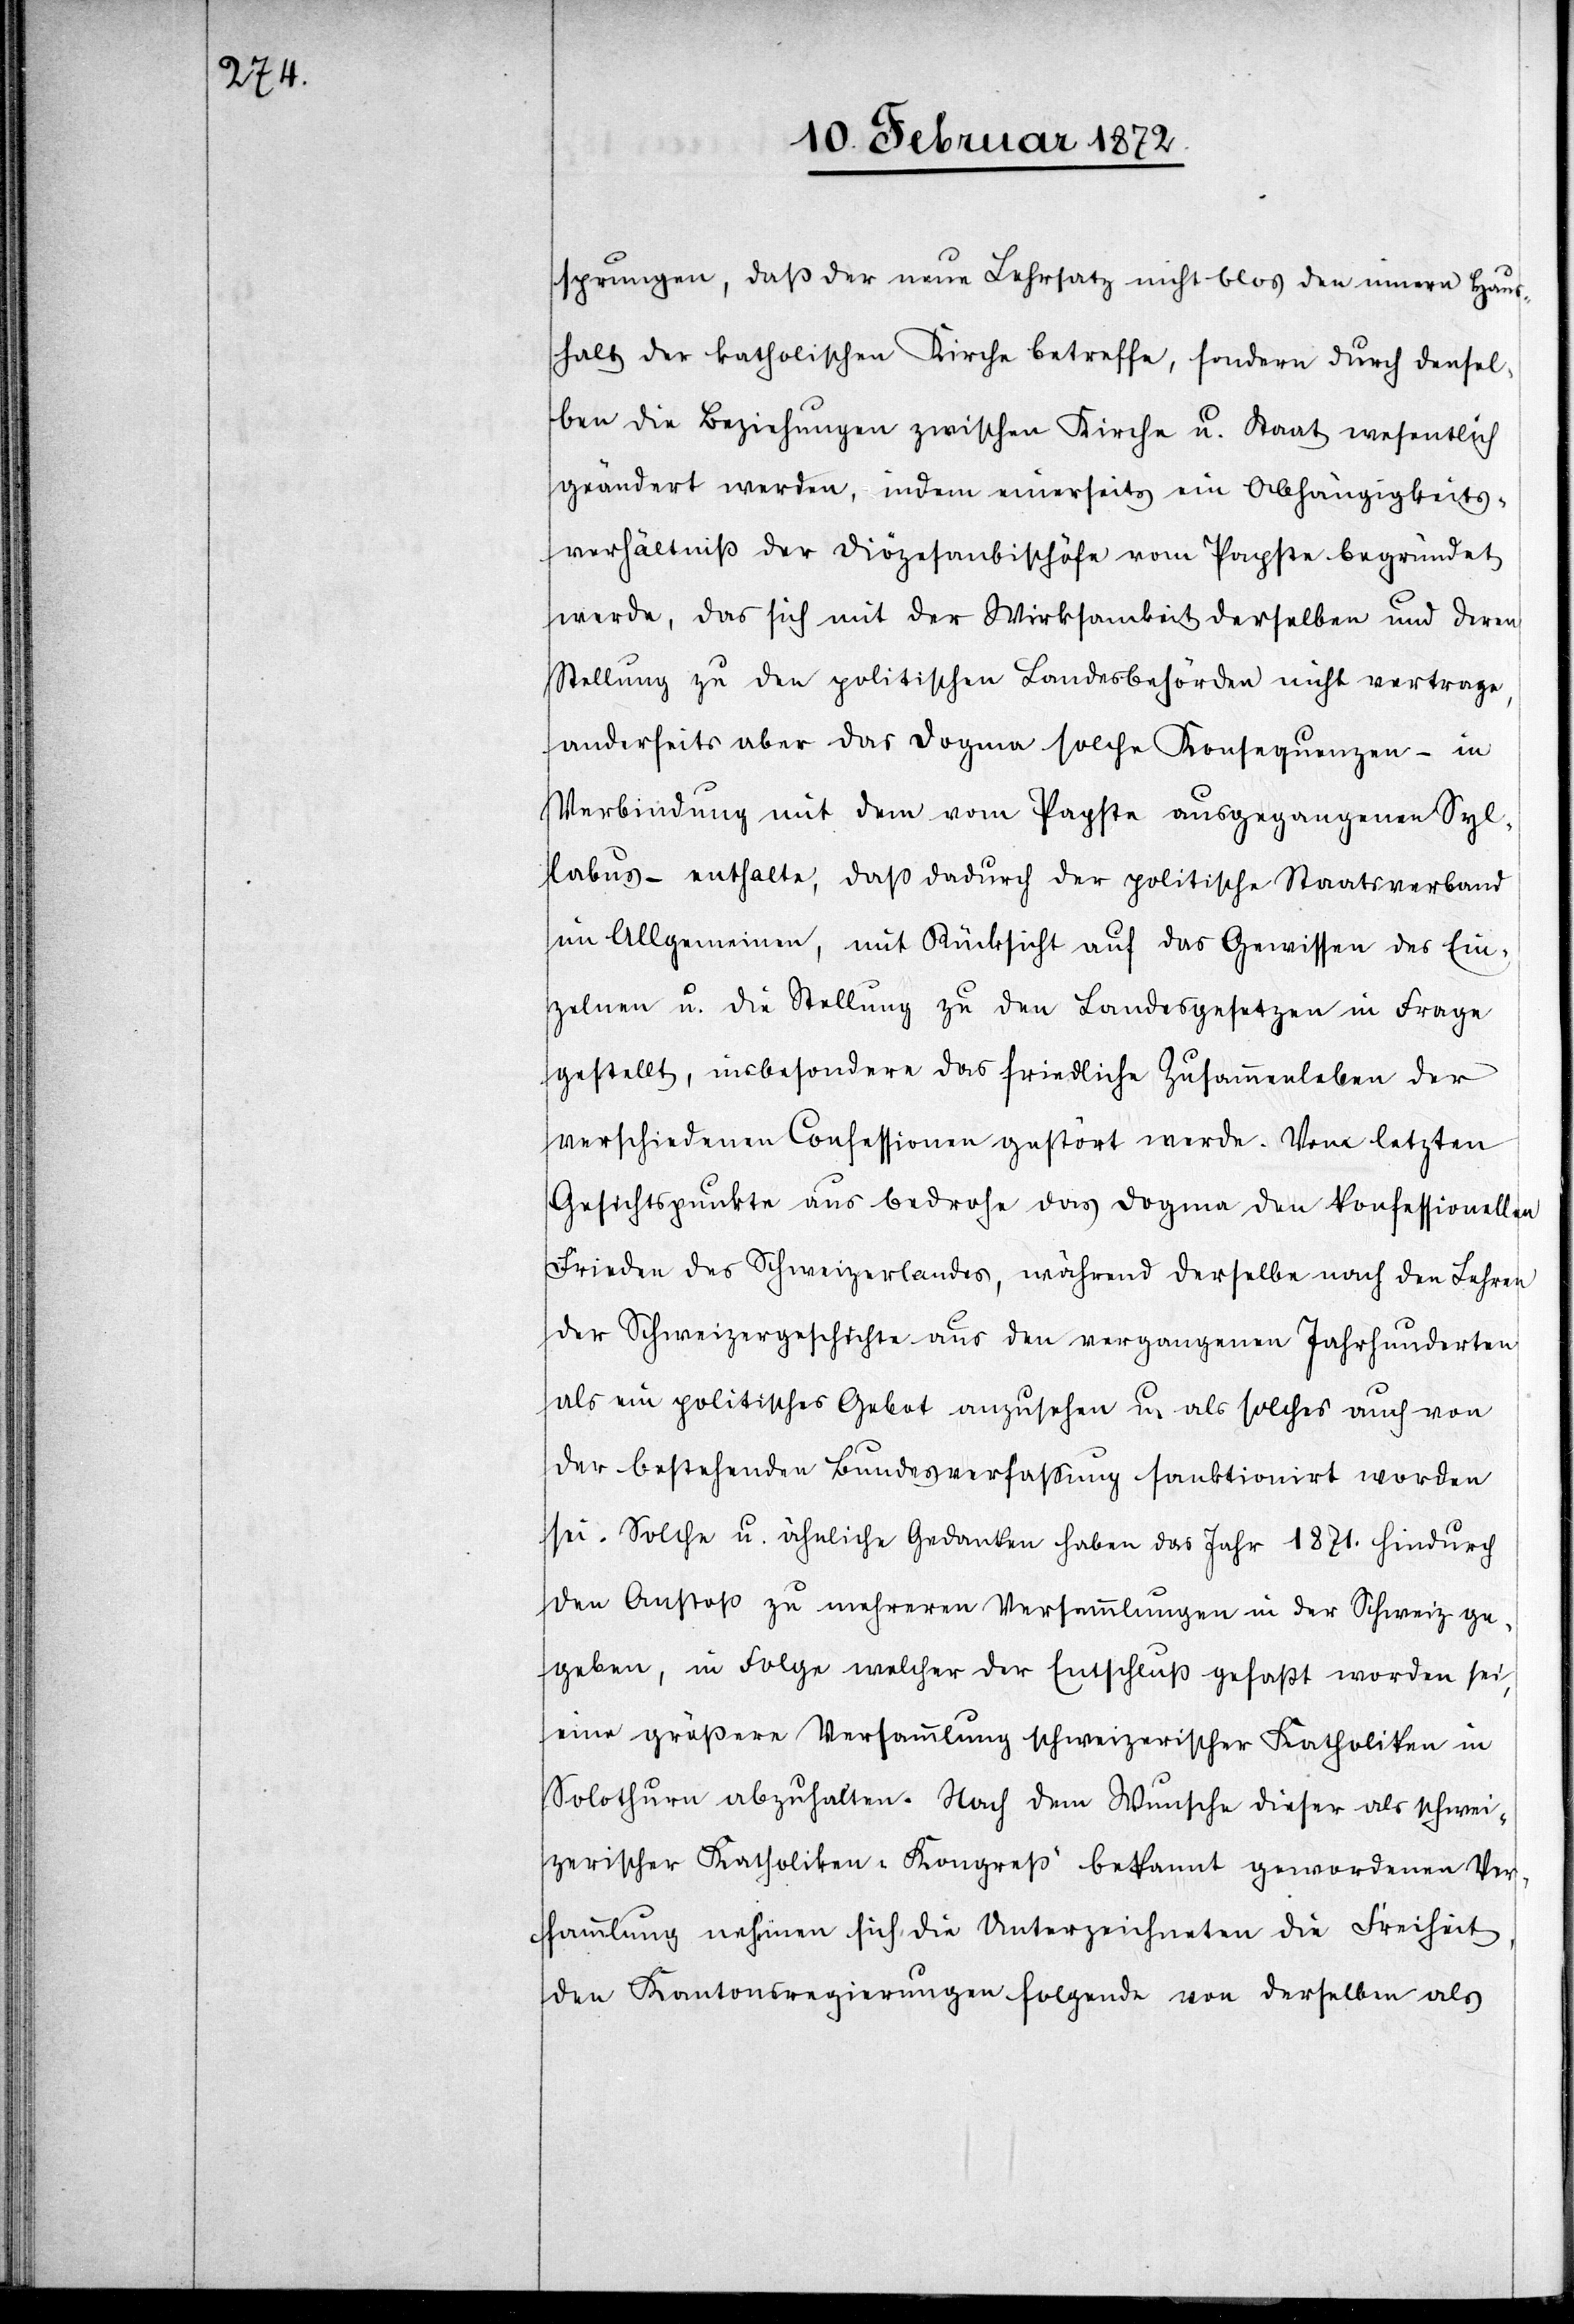
sprungen, daß der neue Lehrsatz nicht blos den innern Haus¬
halt der katholischen Kirche betreffe, sondern durch densel¬
ben die Beziehung zwischen Kirche u. Staat wesentlich
geändert werden, indem einerseits ein Abhängigkeits¬
verhältniß der Diözesenbischöfe vom Papste begründet
werde, das sich mit der Wirksamkeit derselben und deren
Stellung zu den politischen Landsbehörden nicht vertrage,
anderseits aber das Dogma solche Konsequenzen – in
Verbindung mit dem vom Papste ausgegangenen Syl¬
labus – enthalte, daß dadurch der politische Staatsverband
im Allgemeinen, mit Rücksicht auf das Gewissen des Ein¬
zelnen u. die Stellung zu den Landsgesetzen in Frage
gestellt, insbesondere das friedliche Zusammenleben der
verschiedenen Confessionen gestört werde. Vom letzten
Gesichtspunkte aus bedrohe das Dogma den konfessionellen
Frieden des Schweizerlandes, während derselbe nach den Lehren
der Schweizergeschichte aus den vergangenen Jahrhunderten
als ein politisches Gebot anzusehen u. als solches auch von
der bestehenden Bundesverfassung sanktionirt worden
sei. Solche u. ähnliche Gedanken haben das Jahr 1871. hindurch
den Anstoß zu mehreren Versammlungen in der Schweiz ge¬
geben, in Folge welcher der Entschluß gefaßt worden sei,
eine größere Versammlung schweizerischer Katholiken in
Solothurn abzuhalten. Nach dem Wunsche dieser als schwei¬
zerischer Katholiken-Kongreß bekannt gewordenen Ver¬
sammlung nehmen sich die Unterzeichneten die Freiheit,
den Kantonsregierungen folgende von derselben als